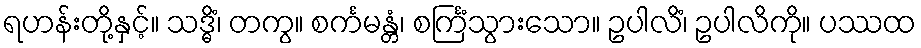
ရဟန်းတို့နှင့်။ သဒ္ဓိံ၊ တကွ။ စင်္ကမန္တံ၊ စင်္ကြံသွားသော။ ဥပါလိံ၊ ဥပါလိကို။ ပဿထ